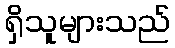
ရှိသူများသည်